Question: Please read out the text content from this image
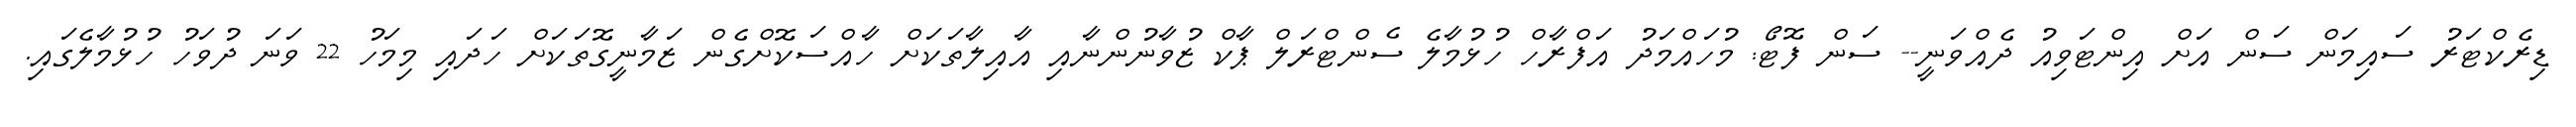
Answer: ޑިރެކްޓަރު ސައިމަން ސަން އަށް އިންޓަވިއު ދެއްވަނީ-- ސަން ފޮޓޯ: މުހައްމަދު އަފްރާހް ހުޅުމާލެ ސެންޓްރަލް ޕާކް ޒުވާނުންނާއި އާއިލާތަކަށް ހާއްސަކޮށްގެން ޒަމާނީގޮތަކަށް ހަދައި މިމަހު 22 ވަނަ ދުވަހު ހުޅުމާލެގައި.